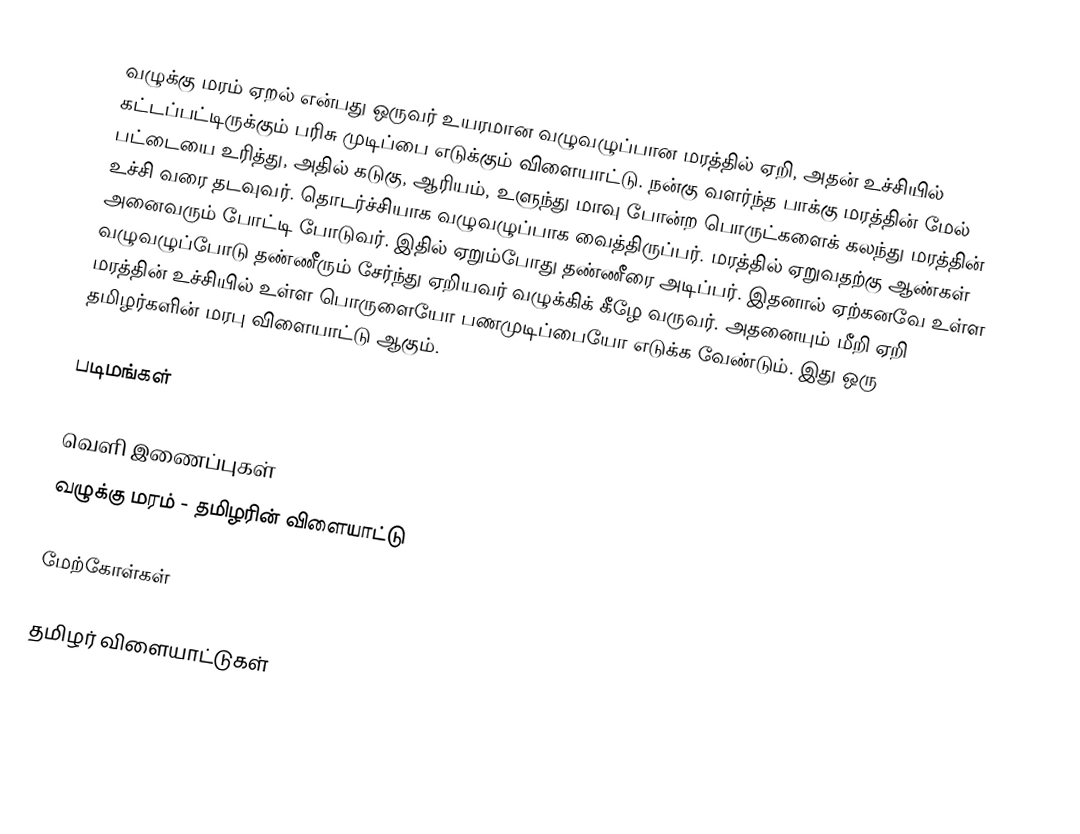
வழுக்கு மரம் ஏறல் என்பது ஒருவர் உயரமான வழுவழுப்பான மரத்தில் ஏறி, அதன் உச்சியில் கட்டப்பட்டிருக்கும் பரிசு முடிப்பை எடுக்கும் விளையாட்டு. நன்கு வளர்ந்த பாக்கு மரத்தின் மேல் பட்டையை உரித்து, அதில் கடுகு, ஆரியம், உளுந்து மாவு போன்ற பொருட்களைக் கலந்து மரத்தின் உச்சி வரை தடவுவர். தொடர்ச்சியாக வழுவழுப்பாக வைத்திருப்பர். மரத்தில் ஏறுவதற்கு ஆண்கள் அனைவரும் போட்டி போடுவர். இதில் ஏறும்போது தண்ணீரை அடிப்பர். இதனால் ஏற்கனவே உள்ள வழுவழுப்போடு தண்ணீரும் சேர்ந்து ஏறியவர் வழுக்கிக் கீழே வருவர். அதனையும் மீறி ஏறி மரத்தின் உச்சியில் உள்ள பொருளையோ பணமுடிப்பையோ எடுக்க வேண்டும். இது ஒரு தமிழர்களின் மரபு விளையாட்டு ஆகும்.

படிமங்கள்

வெளி இணைப்புகள்
 வழுக்கு மரம் - தமிழரின் விளையாட்டு

மேற்கோள்கள்

தமிழர் விளையாட்டுகள்